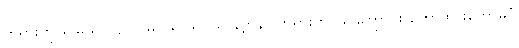
တရားကိုမြင်မှသာလျင် (မဂ်ယ ဖိုလ်ယ နိဗ္ဗာန်) ဘုရားကို မြင်ကြောင်း ဟောထားတော်မူပုံ